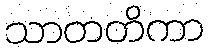
သာတတိကာ